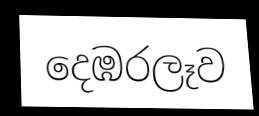
දෙඹරලෑව